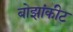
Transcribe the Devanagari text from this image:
बोझांकीट